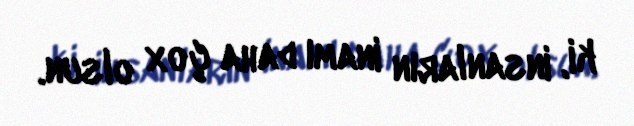
ki, insanların inamı daha çox olsun.